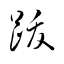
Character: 跋